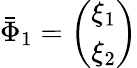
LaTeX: \bar{\Phi}_{1}=\left(\begin{array}{c}{{\xi_{1}}}\\ {{\xi_{2}}}\end{array}\right)